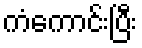
ကံကောင်းပြီး